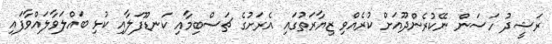
ރަޝީދު ހަސަން ނޭކުރެންދޫއަށް ކުރެއްވި ޒިޔާރަތުގައި އެރަށުގެ ޗަސްބިމާއި ކަނޑޫފަލާއި ކުޅި ބައްލަވާލައްވާފައި